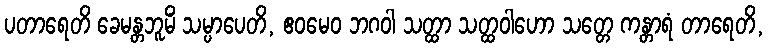
ပတာရေတိ ခေမန္တဘူမိံ သမ္ပာပေတိ, ဧဝမေဝ ဘဂဝါ သတ္ထာ သတ္ထဝါဟော သတ္တေ ကန္တာရံ တာရေတိ,